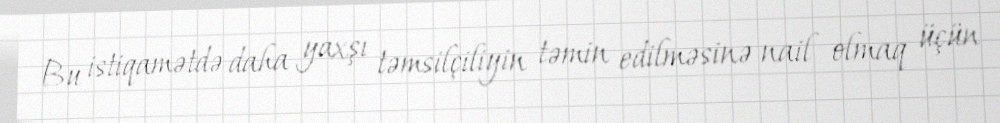
Bu istiqamətdə daha yaxşı təmsilçiliyin təmin edilməsinə nail olmaq üçün